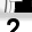
Digit: 2